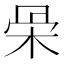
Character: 𣑍